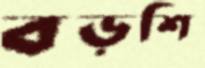
বড়শি